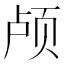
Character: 颅